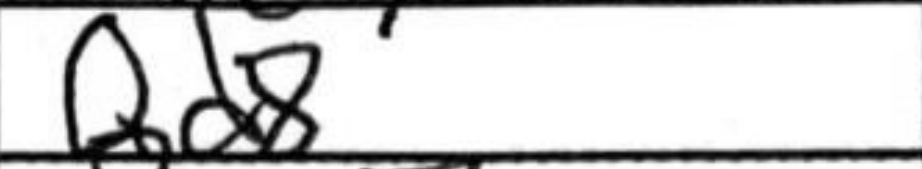
Transcription: Qd8